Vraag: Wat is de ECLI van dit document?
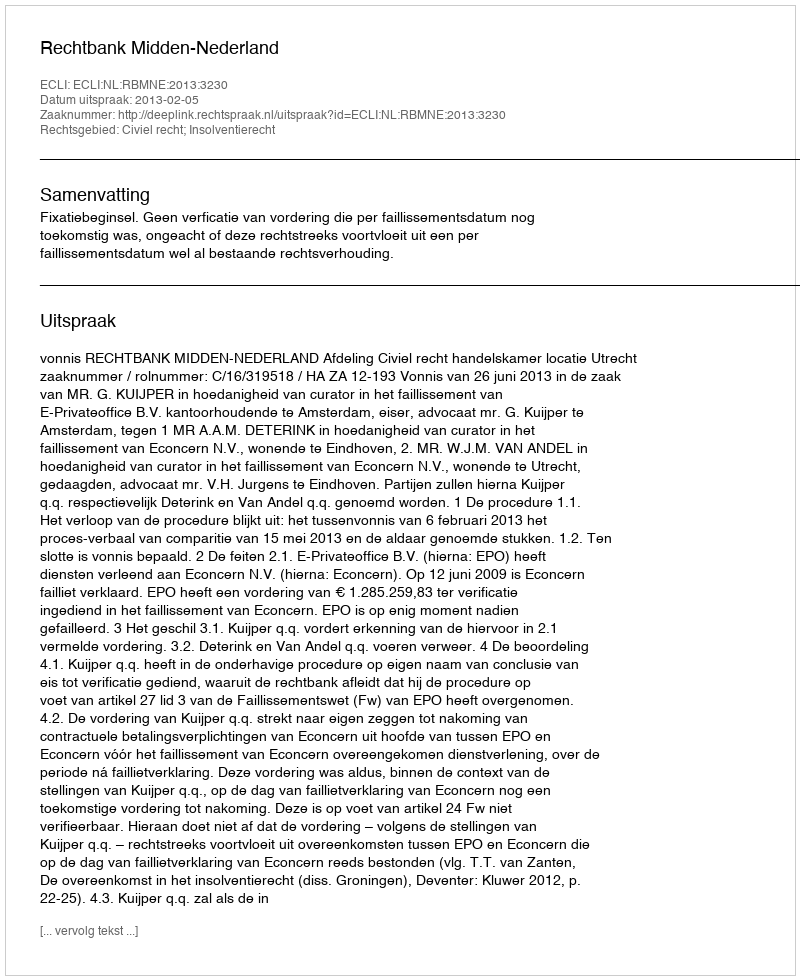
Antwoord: ECLI:NL:RBMNE:2013:3230